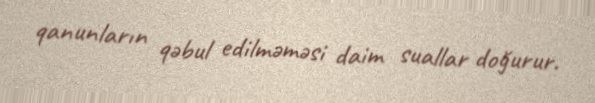
qanunların qəbul edilməməsi daim suallar doğurur.